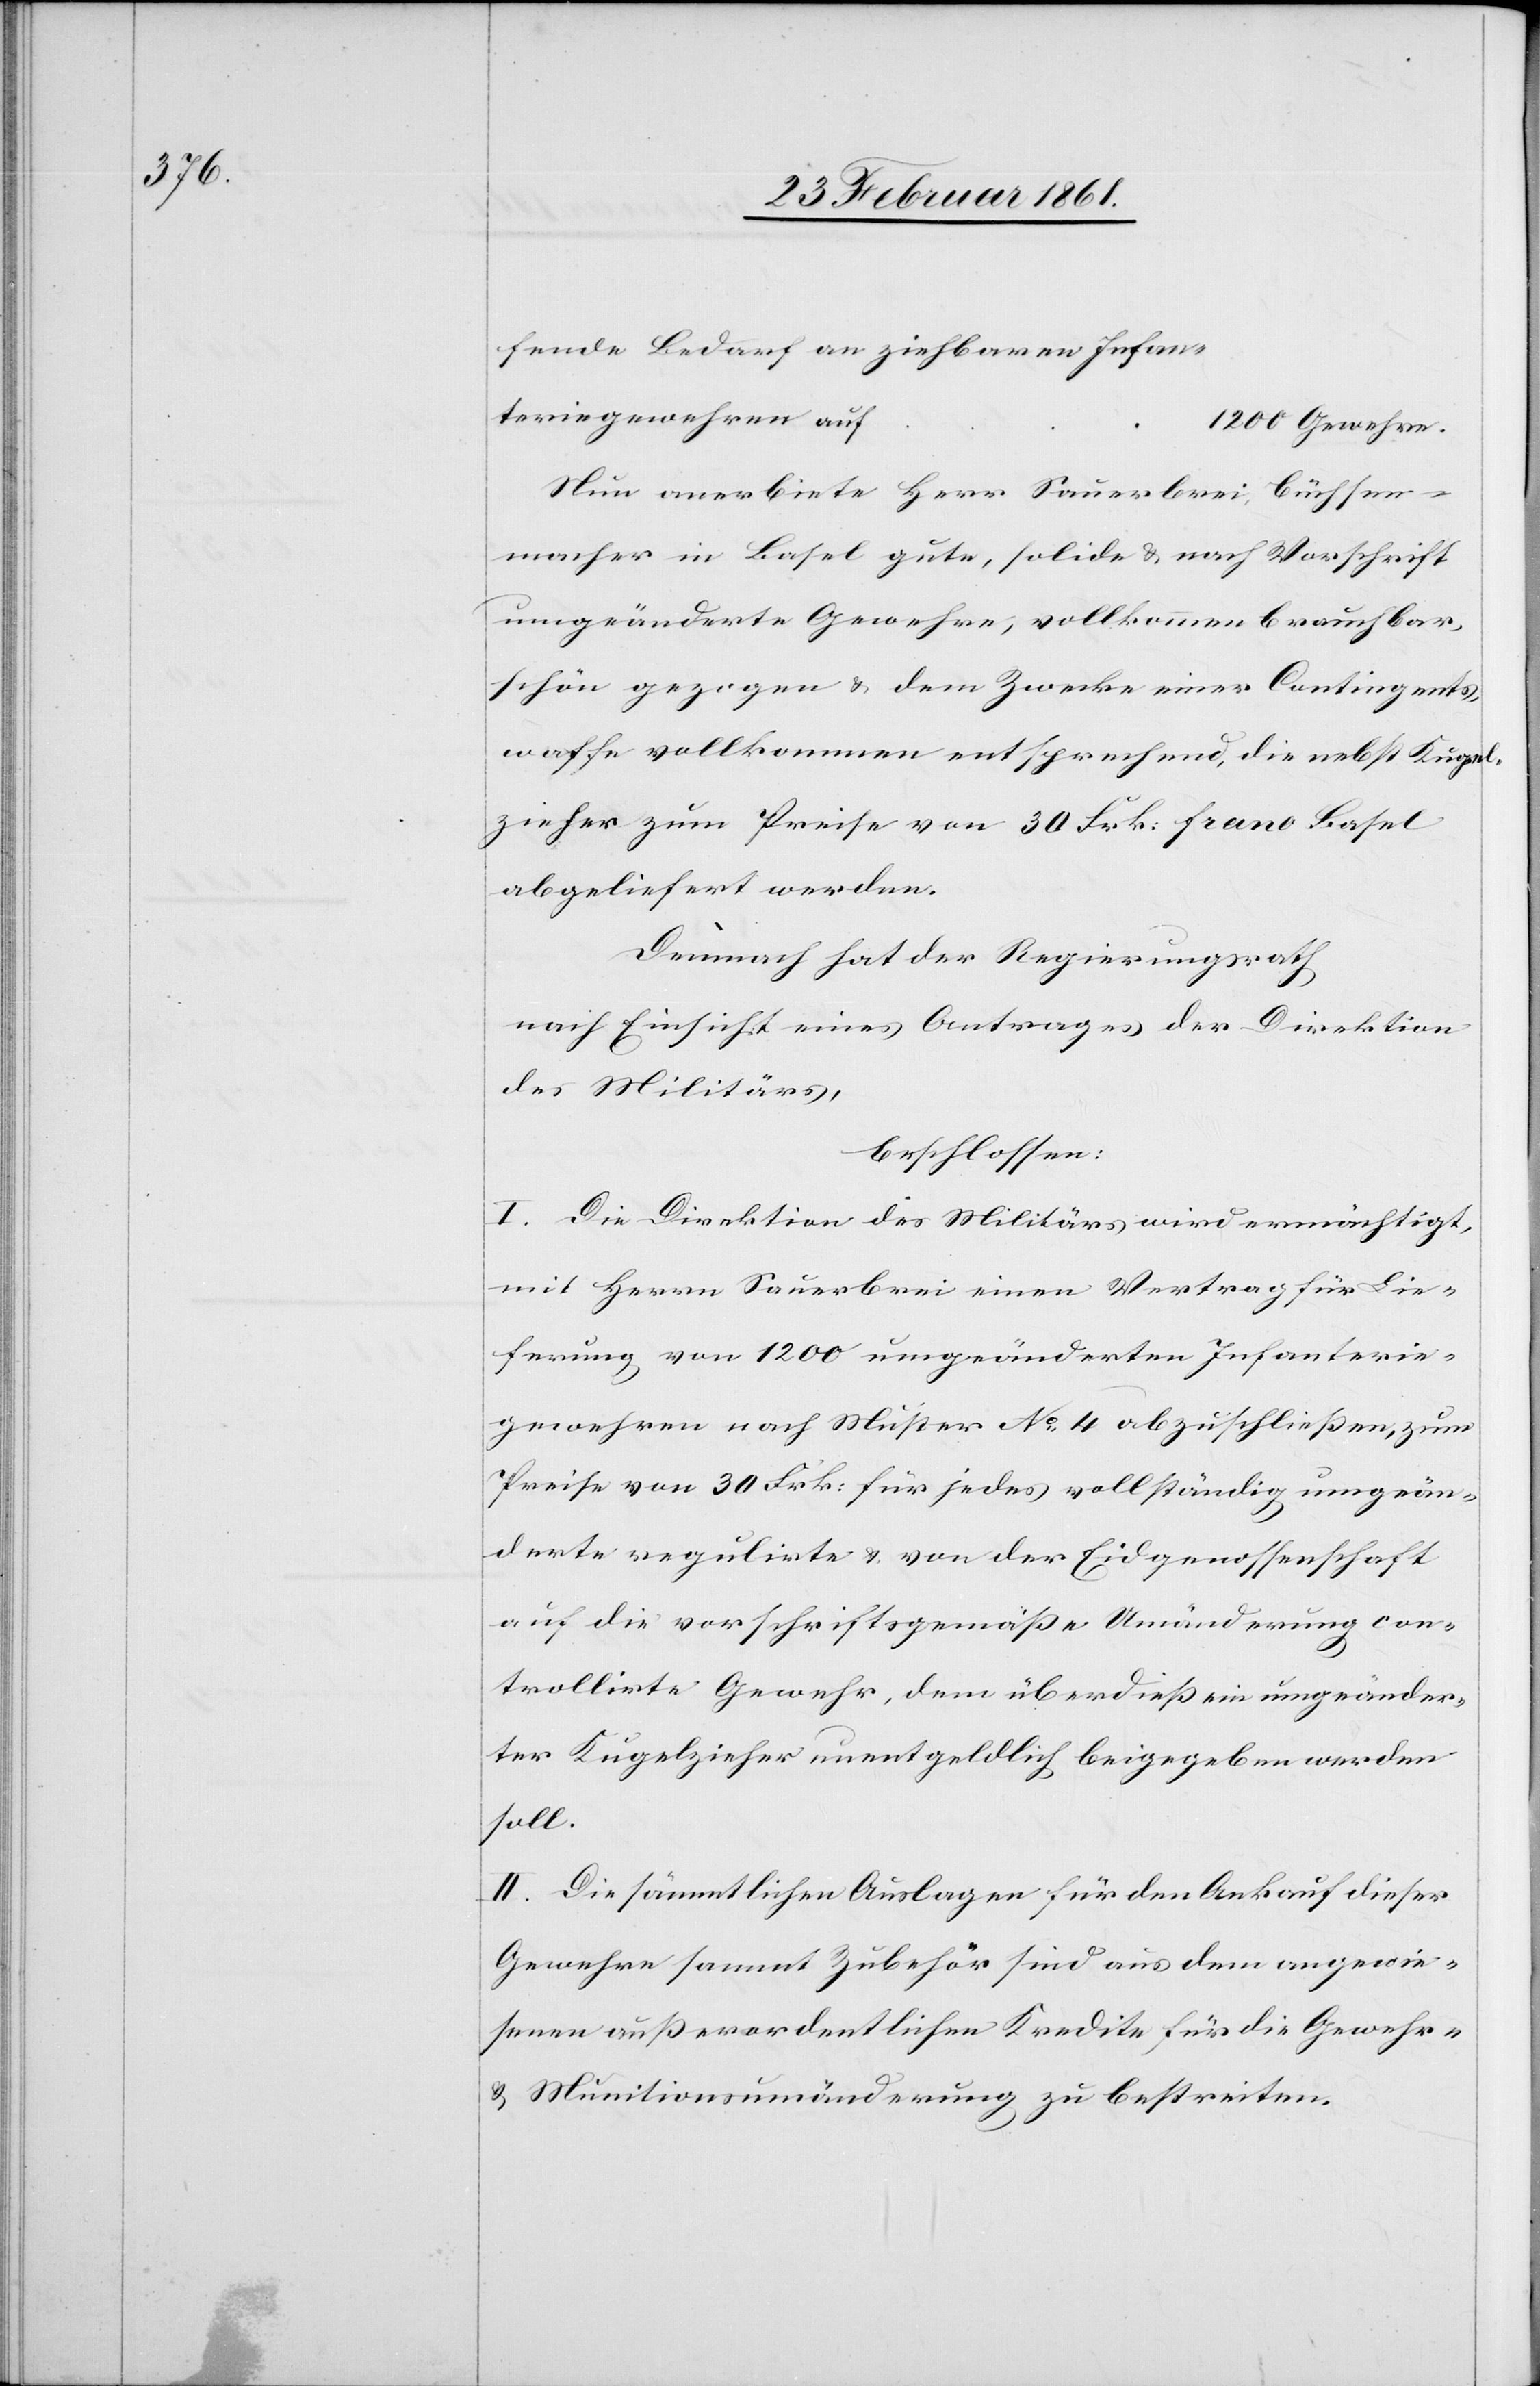
fende Bedarf an ziehbaren Infan¬
teriegewehren auf
Nun anerbiete Herr Sauerbrei, Büchsen¬
macher in Basel gute, solide u. nach Vorschrift
umgeänderte Gewehre, vollkommen brauchbar,
schön gezogen u. dem Zwecke einer Contingents¬
waffe vollkommen entsprechend, die nebst Kugel¬
zieher zum Preise von 30 Frk. franc Basel
abgeliefert werden.
Demnach hat der Regierungsrath
nach Einsicht eines Antrages der Direktion
des Militärs,
beschlossen:
I. Die Direktion des Militärs wird ermächtigt,
mit Herrn Sauerbrei einen Vertrag für Lie¬
ferung von 1200 umgeänderten Infanterie¬
gewehren nach Muster No 4 abzuschliessen, zum
Preise von 30 Frk. für jedes vollständig umgeän¬
derte regulirte u. von der Eidgenossenschaft
auf die vorschriftsgemässe Umänderung con¬
trollirte Gewehr, dem überdiess ein umgeänder¬
ter Kugelzieher unentgeldlich beigegeben werden
soll.
II. Die sämmtlichen Auslagen für den Ankauf dieser
Gewehre sammt Zubehör sind aus dem angewie¬
senen ausserordentlichen Kredite für die Gewehr-
u. Munitionsumänderung zu bestreiten.